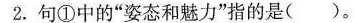
2.句①中的”姿态和魅力”指的是()。